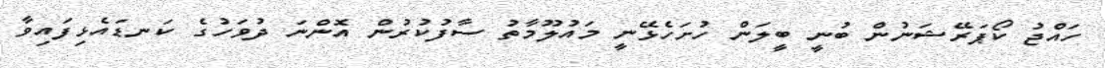
ހައްޖު ކޯޕަރޭޝަނުން ބުނީ ބީލަން ހުށަހެޅޭނީ މައުލޫމާތު ސާފުކުރުން އޮންނަ ދުވަހުގެ ކަނޑައެޅިފައިވާ